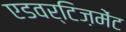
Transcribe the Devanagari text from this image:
एडवर्टिज़मेंट